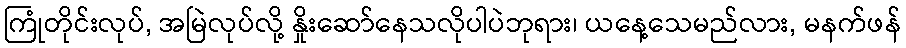
ကြုံတိုင်းလုပ်, အမြဲလုပ်လို့ နှိုးဆော်နေသလိုပါပဲဘုရား၊ ယနေ့သေမည်လား, မနက်ဖန်